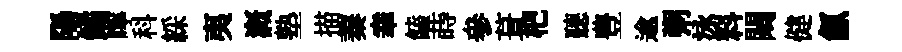
陽鐍嚀科綵夷溉塾描蓁𦍒饁蒔參葺杷聽豊逾粥泳料闚健氤